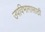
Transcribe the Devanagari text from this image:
उपविभागासाठी